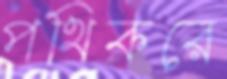
পথিকরে